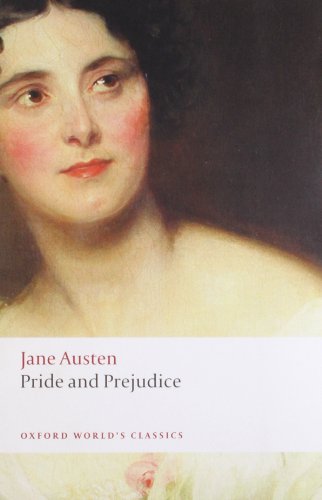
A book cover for Pride and Prejudice (Oxford World's Classics); Jane Austen; Romance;